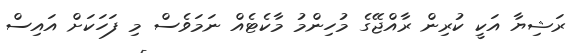
ރަޝިޔާ އަކީ ކުރިން ރާއްޖޭގެ މުހިންމު މާކެޓެއް ނަމަވެސް މި ފަހަކަށް އައިސް